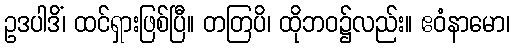
ဥဒပါဒိံ၊ ထင်ရှားဖြစ်ပြီ။ တတြပိ၊ ထိုဘဝ၌လည်း။ ဧဝံနာမော၊